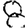
Digit: 8